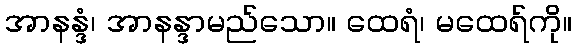
အာနန္ဒံ၊ အာနန္ဒာမည်သော။ ထေရံ၊ မထေရ်ကို။